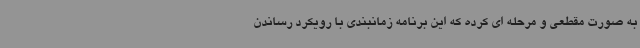
به صورت مقطعی و مرحله ای کرده که این برنامه زمانبندی با رویکرد رساندن